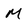
Character: M